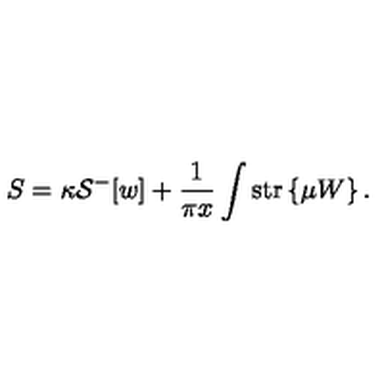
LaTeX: S = \kappa { \cal S } ^ { - } [ w ] + \frac { 1 } { \pi x } \int \mathrm { s t r } \left\{ \mu W \right\} .